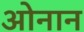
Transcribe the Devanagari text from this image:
ओनान